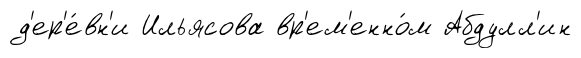
д'ер'е́вн'и Ильясова вр'ем'енно́м Абдулл'ин